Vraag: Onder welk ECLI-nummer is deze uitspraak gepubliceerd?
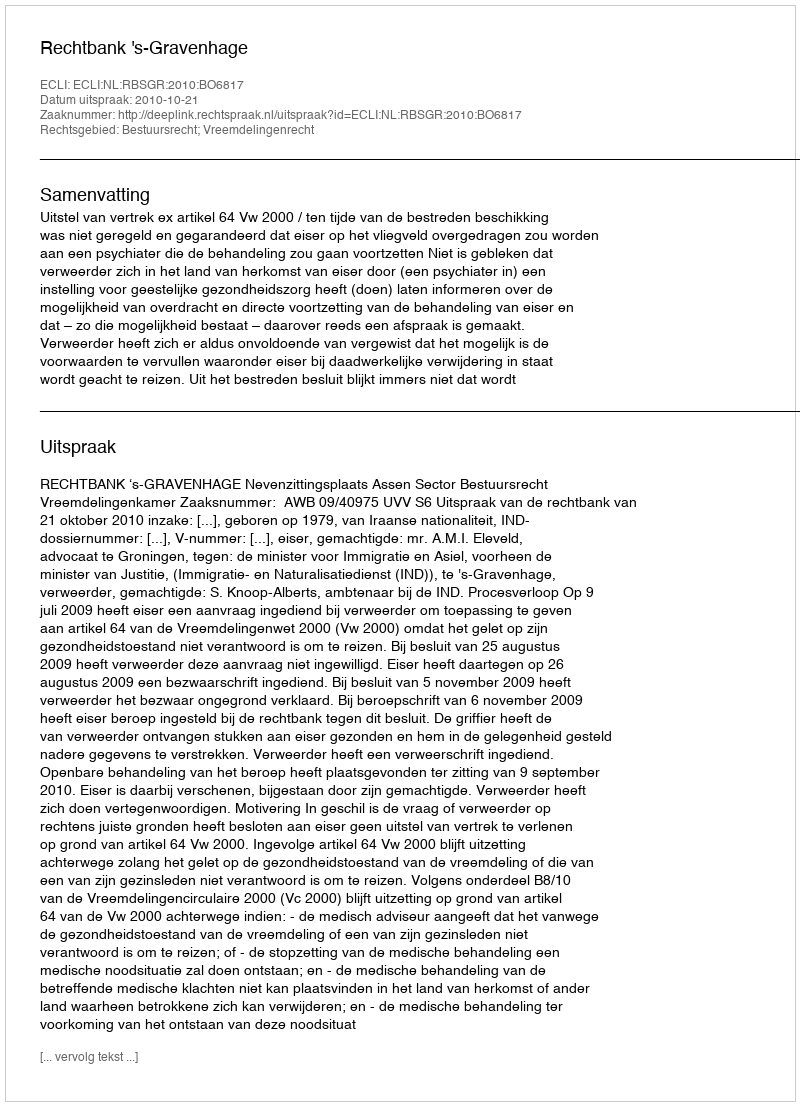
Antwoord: ECLI:NL:RBSGR:2010:BO6817